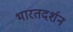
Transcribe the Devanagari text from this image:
भारतदर्शन